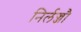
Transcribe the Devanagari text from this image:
निर्लज्जौ